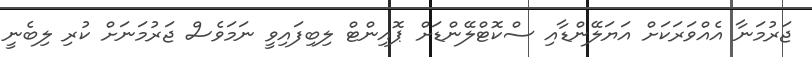
ޖަރުމަނާ އެއްވަރަކަށް އަޔަލޭންޑާއި ސްކޮޓްލޭންޑަށް ޕޮއިންޓް ލިބިފައިވީ ނަމަވެސް ޖަރުމަނަށް ކުރި ލިބެނީ